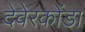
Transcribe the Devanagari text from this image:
देवेरकोंडा